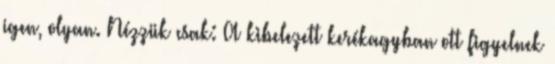
igen, olyan. Nézzük csak: A kibelezett kerékagyban ott figyelnek